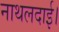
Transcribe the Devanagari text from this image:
नाथलदाई।